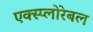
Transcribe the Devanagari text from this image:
एक्स्प्लोरेबल